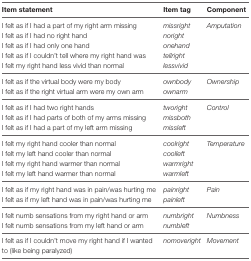
| Item statement | Item tag | Component |
 | --- | --- | --- |
 | I felt as if I had a part of my right arm missing | missright | Amputation |
 | I felt as if I had no right hand | noright |  |
 | I felt as if I had only one hand | onehand |  |
 | I felt as if I couldn’t tell where my right hand was | tellright |  |
 | I felt my right hand less vivid than normal | lessvivid |  |
 | I felt as if the virtual body were my body | ownbody | Ownership |
 | I felt as if the right virtual arm were my own arm | ownarm |  |
 | I felt as if I had two right hands | tworight | Control |
 | I felt as if I had parts of both of my arms missing | missboth |  |
 | I felt as if I had a part of my left arm missing | missleft |  |
 | I felt my right hand cooler than normal | coolright | Temperature |
 | I felt my left hand cooler than normal | coolleft |  |
 | I felt my right hand warmer than normal | warmright |  |
 | I felt my left hand warmer than normal | warmleft |  |
 | I felt as if my right hand was in pain/was hurting me | painright | Pain |
 | I felt as if my left hand was in pain/was hurting me | painleft |  |
 | I felt numb sensations from my right hand or arm | numbright | Numbness |
 | I felt numb sensations from my left hand or arm | numbleft |  |
 | I felt as if I couldn’t move my right hand if I wanted to (like being paralyzed) | nomoveright | Movement |